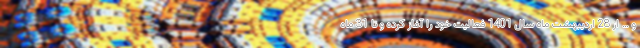
و … از 28 اردیبهشت ماه سال 1401 فعالیت خود را آغاز کرده و تا 31 ماه